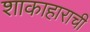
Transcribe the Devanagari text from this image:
शाकाहाराची